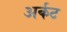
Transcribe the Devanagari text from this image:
अर्कट